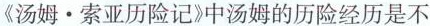
《汤姆·索亚历险记》中汤姆的历险经历是不